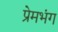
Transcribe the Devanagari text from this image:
प्रेमभंग